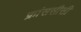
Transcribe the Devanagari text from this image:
फ्रांससीसी